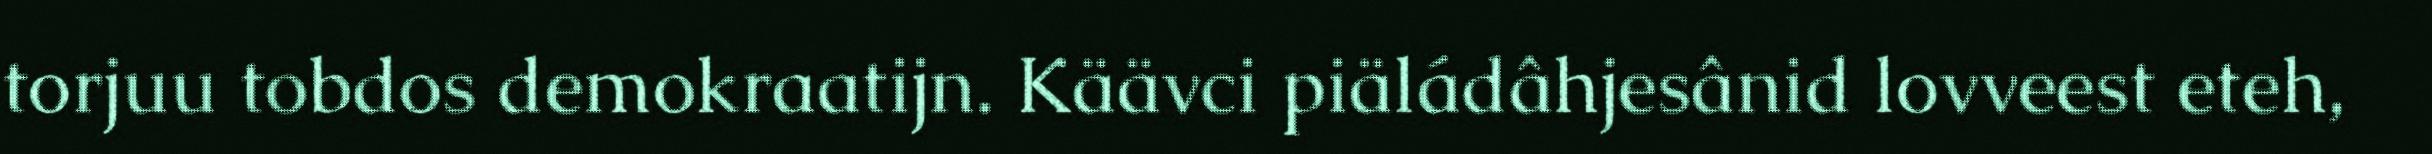
torjuu tobdos demokraatijn. Käävci piäládâhjesânid lovveest eteh,